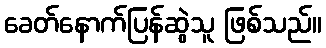
ခေတ်နောက်ပြန်ဆွဲသူ ဖြစ်သည်။